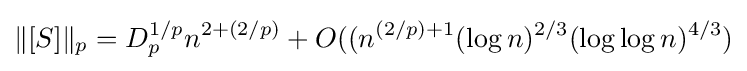
\Vert [S]\Vert _{p}=D_{p}^{1/p}n^{2+(2/p)}+O((n^{(2/p)+1}(\log n)^{2/3}(\log \log n)^{4/3})